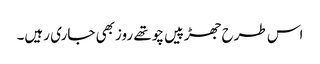
اس طرح جھڑپیں چوتھے روزبھی جاری رہیں۔